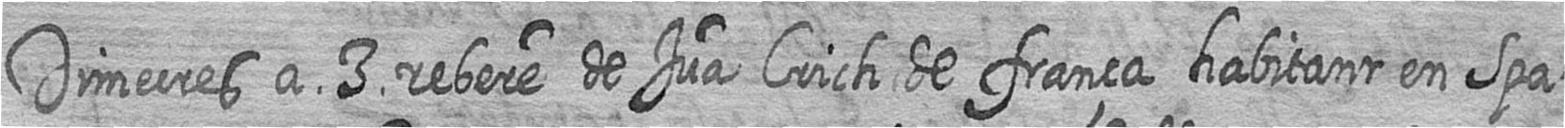
Dimecres a 3 rebere de Jua Crich de frança habitant en Spa=